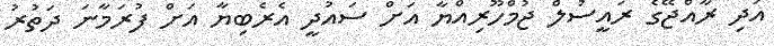
އަދި ރާއްޖޭގެ ރައީސުލް ޖުމްހޫރިއްޔާ އަށް ސައުދީ އެރެބިޔާ އަށް ފުރަމާނަ ދަތުރު